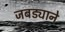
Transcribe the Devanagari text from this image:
जबड्याने